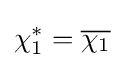
\chi _{1}^{*}={\overline {\chi _{1}}}